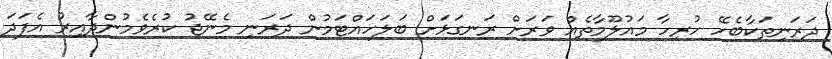
ދަރަނިތަކާބެހޭ ހުރިހާ މައުލޫމާތެއް ވަރަށް ރަނގަޅަށް ބަލަހައްޓަމުން ދަރަނި މެނޭޖު ކުރެވެމުންދާއިރު އެފަދަ